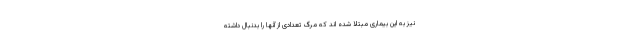
نیز به این بیماری مبتلا شده اند که مرگ تعدادی از آنها را بدنبال داشته